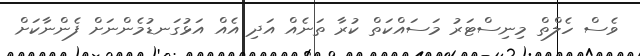
ވެސް ހެލްތް މިނިސްޓަރު މަސައްކަތް ކުރާ ތަނެއް އަދި އެއް އަޅުގަނޑުމެންނަށް ފެންނާކަށް